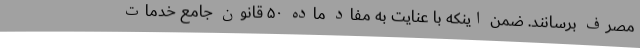
مصرف برسانند. ضمن اینکه با عنایت به مفاد ماده ۵۰ قانون جامع خدمات